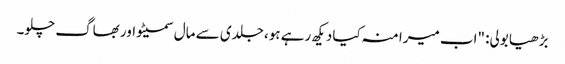
بڑھیا بولی: "اب میرا منہ کیا دیکھ رہے ہو، جلدی سے مال سمیٹو اور بھاگ چلو۔